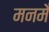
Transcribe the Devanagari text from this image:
मनमेँ